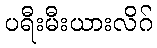
ပရီးမီးယားလိဂ်